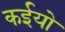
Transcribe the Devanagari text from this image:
कईयो